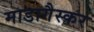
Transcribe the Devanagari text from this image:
माडागैस्कर